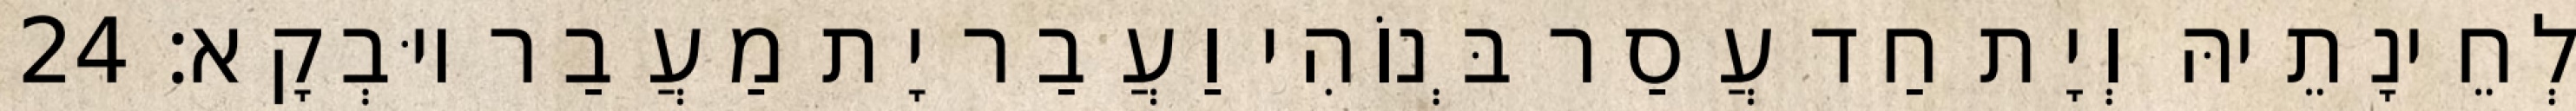
לְחֵינָתֵיהּ וְיָת חַד עֲסַר בְּנוֹהִי וַעֲבַר יָת מַעֲבַר יוּבְקָא׃ 24